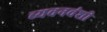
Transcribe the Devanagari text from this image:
च्यवनवंशी